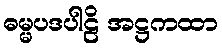
ဓမ္မပဒပါဠိ အဋ္ဌကထာ